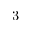
3